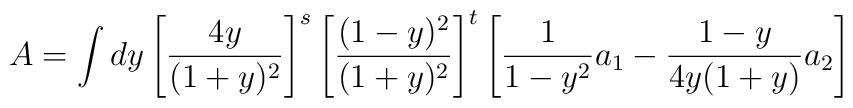
A = \int dy \left[ \frac{4y}{(1+y)^2} \right]^s\left[ \frac{(1-y)^2}{(1+y)^2} \right]^t \left[ \frac{1}{1-y^2} a_1 - \frac{1-y}{4 y (1+y)} a_2 \right]